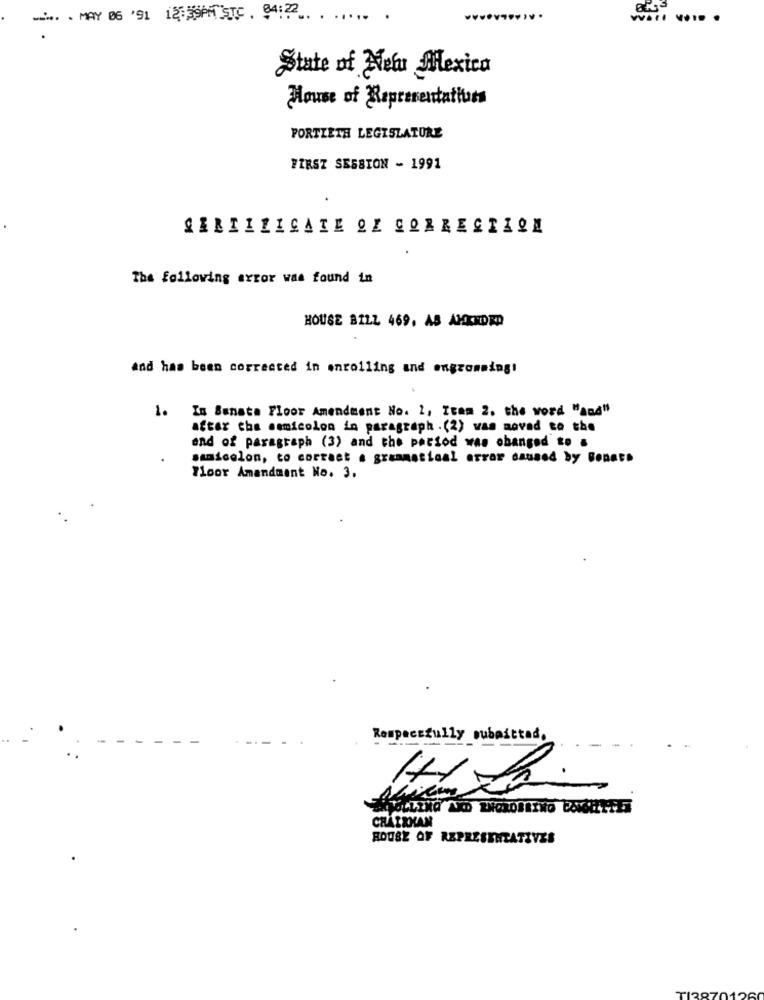
-... . MAY 06 '91 12:39PM TF . 94 :.. . ..... .
State of New Mexico
House of Representatives
FORTIETH LEGISLATURE
FIRST SESSION - 1991
The following error was found in
HOUSE BILL 469, AS AMENDED
and has been corrected in enrolling and ongcomming!
1. In Bunata Floor Amendment No. 2, Itam 2. the word "and"
after cha semicolon in paragraph .(2) was moved to the
and of paragraph (3) and the pactod was obanged to .
samicolon, to correct . grammatical error caused by Bonat.
Floor Amandment No. 3.
Respectfully submitted.
CHAIRMAN
HOUSE OF REPRESENTATIVES